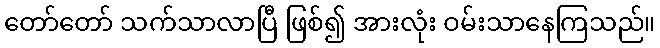
တော်တော် သက်သာလာပြီ ဖြစ်၍ အားလုံး ဝမ်းသာနေကြသည်။